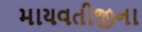
માયવતીજીના